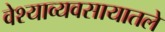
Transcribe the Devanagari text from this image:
वेश्याव्यवसायातले